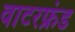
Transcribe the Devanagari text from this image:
वाटरफ्रंड